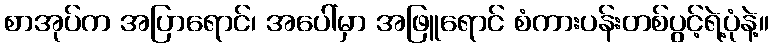
စာအုပ်က အပြာရောင်၊ အပေါ်မှာ အဖြူရောင် စံကားပန်းတစ်ပွင့်ရဲ့ပုံနဲ့။